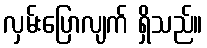
လှမ်းပြောလျက် ရှိသည်။